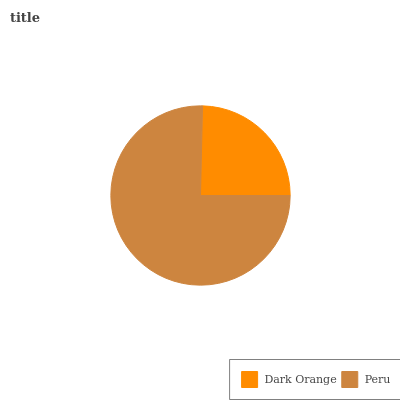
| Dark Orange | Peru |
 | --- | --- |
 | 24.7% | 75.3% |